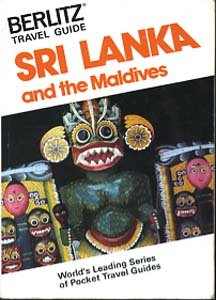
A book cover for Sri Lanka and the Maldives (Berlitz Travel Guide); Travel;